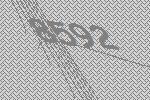
8592